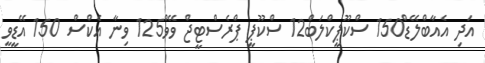
އަދި އެއާބްލޭޑް150 ސްކޫޕީކްލަބް12 ސްކޫޕީ ޕްރެސްޓީޖް ވޭވް125 ވިނާ އެކްސް 150 އޭޑީވީ